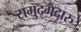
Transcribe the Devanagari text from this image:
समुद्गदारु